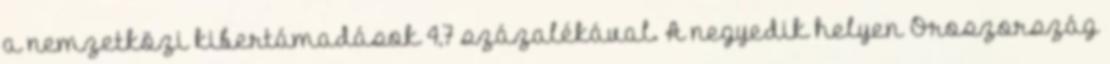
a nemzetközi kibertámadások 4,7 százalékával. A negyedik helyen Oroszország